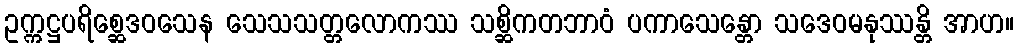
ဥက္ကဋ္ဌပရိစ္ဆေဒဝသေန သေသသတ္တလောကဿ သစ္ဆိကတဘာဝံ ပကာသေန္တော သဒေဝမနုဿန္တိ အာဟ။